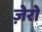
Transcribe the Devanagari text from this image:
ज़ेरो